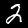
Digit: 2